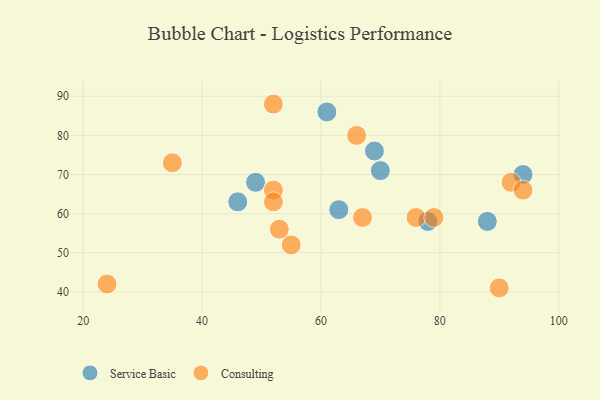
{"axis": {"x": "GDP", "y": "Life Expectancy"}, "legend": ["Consulting", "Service Basic"], "data": [{"x": "94", "y": 70, "type": "Service Basic"}, {"x": "69", "y": 76, "type": "Service Basic"}, {"x": "88", "y": 58, "type": "Service Basic"}, {"x": "49", "y": 68, "type": "Service Basic"}, {"x": "78", "y": 58, "type": "Service Basic"}, {"x": "61", "y": 86, "type": "Service Basic"}, {"x": "63", "y": 61, "type": "Service Basic"}, {"x": "70", "y": 71, "type": "Service Basic"}, {"x": "46", "y": 63, "type": "Service Basic"}, {"x": "67", "y": 59, "type": "Consulting"}, {"x": "24", "y": 42, "type": "Consulting"}, {"x": "66", "y": 80, "type": "Consulting"}, {"x": "76", "y": 59, "type": "Consulting"}, {"x": "55", "y": 52, "type": "Consulting"}, {"x": "53", "y": 56, "type": "Consulting"}, {"x": "52", "y": 88, "type": "Consulting"}, {"x": "35", "y": 73, "type": "Consulting"}, {"x": "79", "y": 59, "type": "Consulting"}, {"x": "90", "y": 41, "type": "Consulting"}, {"x": "52", "y": 66, "type": "Consulting"}, {"x": "92", "y": 68, "type": "Consulting"}, {"x": "52", "y": 63, "type": "Consulting"}, {"x": "94", "y": 66, "type": "Consulting"}]}